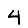
Digit: 4